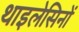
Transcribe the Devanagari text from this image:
थाइलेसिनों